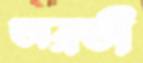
অব্রতী